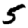
Digit: 5